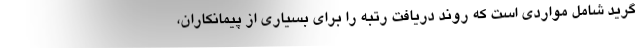
گرید شامل مواردی است که روند دریافت رتبه را برای بسیاری از پیمانکاران،